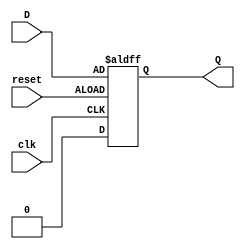
module d_flip_flop (
    input wire clk,
    input wire reset,
    input wire D,
    output reg Q
);

always @(posedge clk or negedge reset) begin
    if (reset) begin
        Q <= 1'b0;
    end else begin
        Q <= D;
    end
end

endmodule